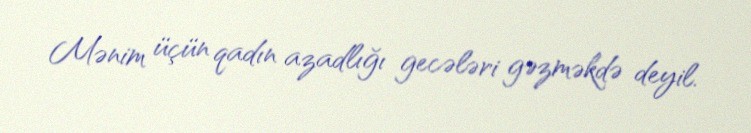
Mənim üçün qadın azadlığı gecələri gəzməkdə deyil.